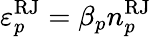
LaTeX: \varepsilon_{p}^{\mathrm{RJ}}=\beta_{p}n_{p}^{\mathrm{RJ}}